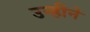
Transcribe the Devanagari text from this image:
उन्हीने